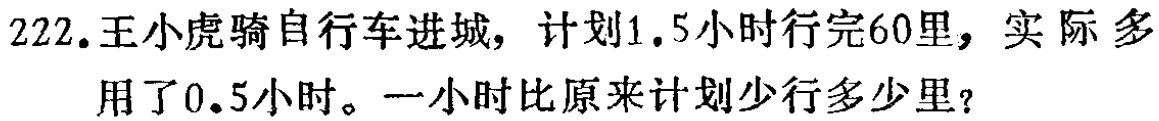
222. 王小虎骑自行车进城，计划1.5小时行完60里，实际多用了0.5小时。一小时比原来计划少行多少里？